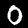
Digit: 0